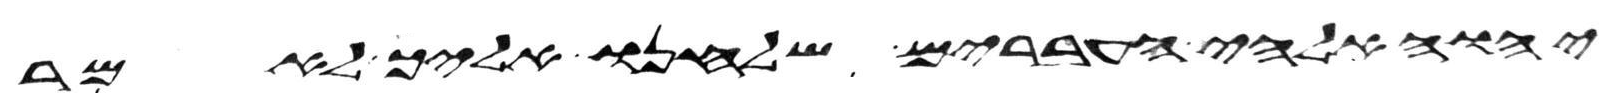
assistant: יהוה אלהי העברים שלחנו אליך לאמר